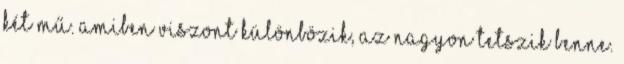
két mű. Amiben viszont különbözik, az nagyon tetszik benne.